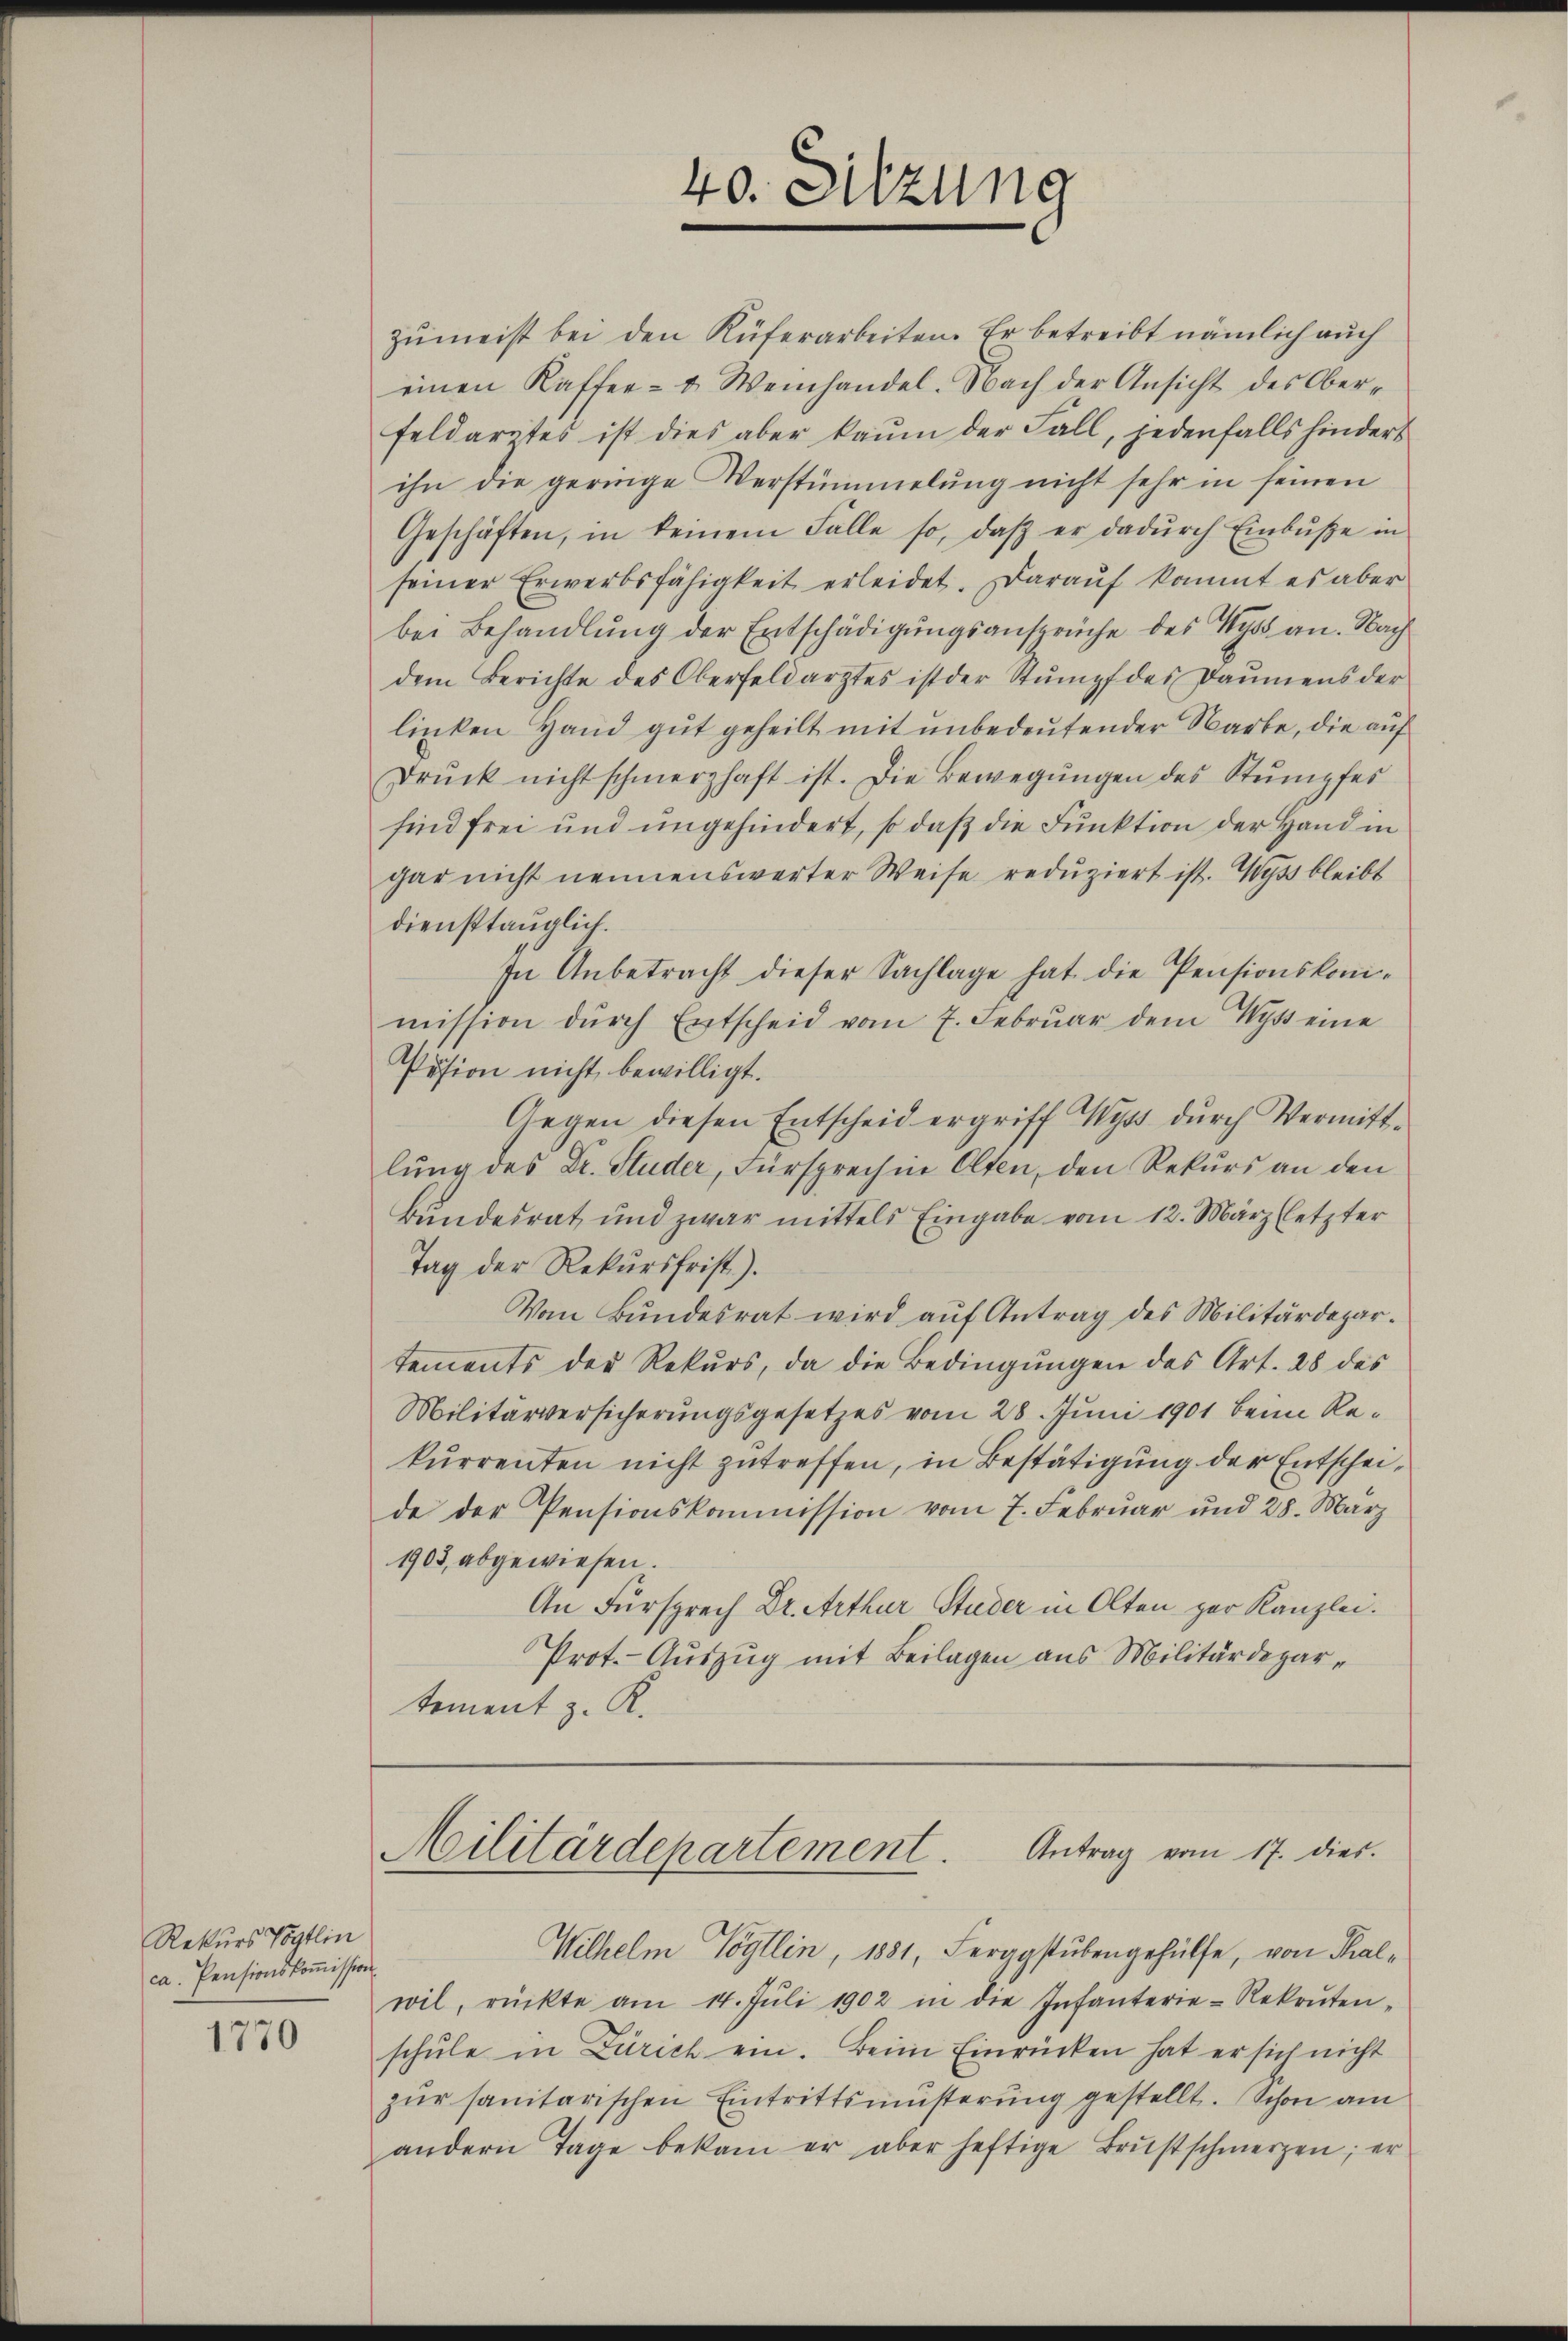
Rekurs Vogtlin
ca. Pensionskommission

1770

40. Sitzung

zumeist bei den Küferarbeiten. Er betreibt nämlich auch
einen Kaffer- u Weinhandel. Nach der Ansicht des Ober-
Feldarites ist dies aber kaum der Fall, jedenfalls hindert
ihn die geringe Verstümmelung nicht sehr in seinen
Geschäften, in keinem Falle so, daβ er dadŭrch Einbŭβe in
seiner Erwerbsfähigkeit erleidet. Darauf kommt es aber
bei Behandlung der Entschädigungsansprüche des Wyss an. Nach
dem Berichte des Oberfeldarztes ist der Stumpf des Daumens der
linken Hand gut geheilt mit unbedeutender Narbe, die auf
Drŭck nicht schmerzhaft ist. Die Bewegŭngen des Stumpfer
sind frei und ungehindert, so daß die Funktion der Hand in
gar nicht nennenswerter Weise reduziert ist. Wyss bleibt
diensttauglich.
In Anbetracht dieser Sachlage hat die Pensionskomimission dŭrch Entscheid vom 7. Febrŭar dem Wyss eine
Päsion nicht bewilligt.
Gegen diesen Entscheid ergriff Wyss durch Vermittlung des Dr. Studer, Fürsprechen Olten, den Rekurs an den
Bundesrat und zwar mittels Eingabe vom 12. März (letzter
Tag der Rekursfrist.).
Vom Bundesrat wird auf Antrag des Militärdepartements der Rekurs, da die Bedingungen des Art. 28 des
Militärversicherungsgesetzes vom 28. Juni 1901 beim Rekurrenten nicht zutreffen, in Bestätigung der Entscheide der Pensionskommission vom 7. Februar und 28. März
1903, abgewiesen.
An Fürsprech Dr. Arthur Studer in Olten zur Kanzlei.
Prot. Auszug mit Beilagen aus Militärdepartement z. K.

Militärdepartement. Antrag vom 17. dies

Wilhelm Vögtlin, 1881, Serggstubengehülfe, von Thalwil, rückte am 14. Jŭli 1902 in die Infanterie-Rekruten-
schŭle in Zürich ein. Beim Einrücken hat er sich nicht
zur sanitarischen Eintrittsmüsterung gestellt. Schon am
andern Tage bekam er aber heftige Brustschmerzen; er